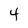
Character: 4